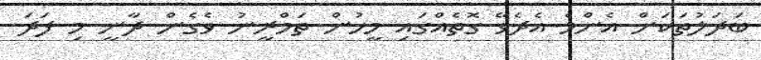
ބަދަލުތަކަށް އެންމެ އެދެވޭ ގޮތެއްގައި މީހުން ތަމްރީނު ވެގެން ދާނީ މި ފަދަ